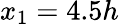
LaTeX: x_{1}=4.5h